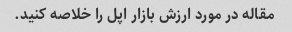
مقاله در مورد ارزش بازار اپل را خلاصه کنید.